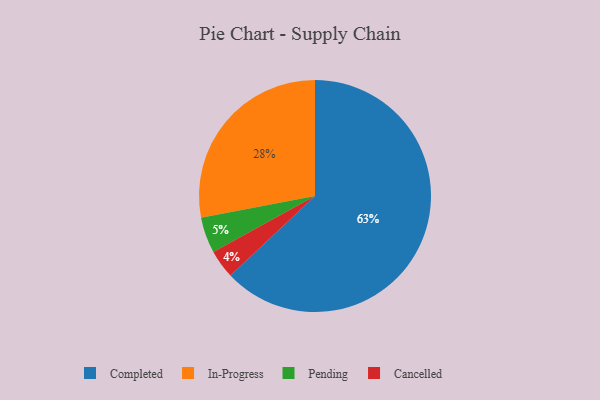
{"axis": {"x": "Category", "y": "Percentage"}, "legend": ["Cancelled", "Completed", "In-Progress", "Pending"], "data": [{"x": "In-Progress", "y": 28, "type": "In-Progress"}, {"x": "Completed", "y": 63, "type": "Completed"}, {"x": "Pending", "y": 5, "type": "Pending"}, {"x": "Cancelled", "y": 4, "type": "Cancelled"}]}